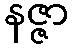
နဇ္ဇာ